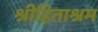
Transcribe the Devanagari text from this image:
श्रीहिताश्रम